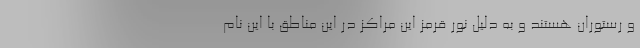
و رستوران هستند و به دلیل نور قرمز این مراکز در این مناطق با این نام